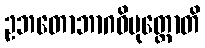
ဥဘတောဘာဂဝိမုတ္တောတိ